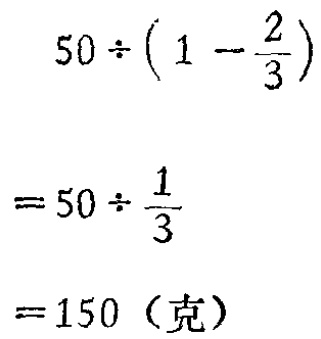
\[

\begin{align*}

&50\div(1 - \frac{2}{3})\\

=&50\div\frac{1}{3}\\

=&150 (\text{克})

\end{align*}

\]